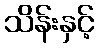
သိန်းနှင့်